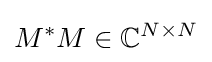
M^{*}M\in \mathbb {C} ^{N\times N}